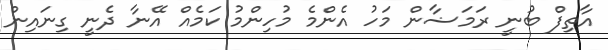
އާތިފް ބުނީ ރަމަޟާން މަހު އެންމެ މުހިންމު ކަމެއް އޭނާ ދެނީ ގިނައިން